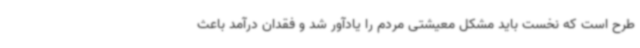
طرح است که نخست باید مشکل معیشتی مردم را یادآور شد و فقدان درآمد باعث